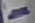
Text: -